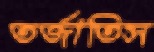
তর্জাতিস